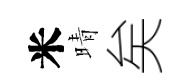
米晴矣